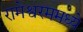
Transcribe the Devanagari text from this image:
रामेश्वरममध्ये